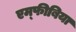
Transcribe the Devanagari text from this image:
एम्‍फीबिया